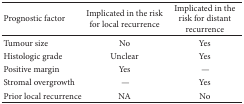
<table><thead><tr><td><b>Prognostic factor</b></td><td><b>Implicated in the risk for local recurrence</b></td><td><b>Implicated in the risk for distant recurrence</b></td></tr></thead><tbody><tr><td>Tumour size</td><td>No</td><td>Yes</td></tr><tr><td>Histologic grade</td><td>Unclear</td><td>Yes</td></tr><tr><td>Positive margin</td><td>Yes</td><td> —</td></tr><tr><td>Stromal overgrowth</td><td> —</td><td>Yes</td></tr><tr><td>Prior local recurrence</td><td>NA</td><td>No</td></tr></tbody></table>